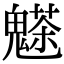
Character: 𩴊